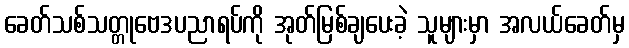
ခေတ်သစ်သတ္တုဗေဒပညာရပ်ကို အုတ်မြစ်ချပေးခဲ့ သူများမှာ အလယ်ခေတ်မှ